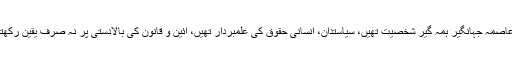
وفاقی وزیرسینیٹر مشاہد اللہ خان نے کہا کہ عاصمہ جہانگیر ہمہ گیر شخصیت تھیں، سیاستدان، انسانی حقوق کی علمبردار تھیں، آئین و قانون کی بالادستی پر نہ صرف یقین رکھتی تھیں بلکہ اس کے لئے جدوجہد کرتی تھیں۔